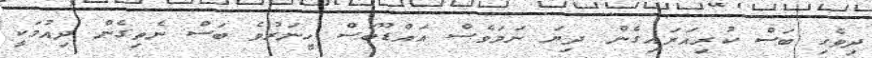
ދިވެހި ބަސް ކުރިއަރައިގެން ދިޔަ ނަމަވެސް އައްޑޫބަސް ހީނަރުވެ ބަސް ނެތިގެން ދިއުމަކީ